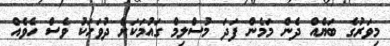
މިވަރުގެ ބަޔެއް ދެން މަމެން ފަދަ މުސްލިމް ގައުމަކަށް ދުވަހަކު ވެސް ހެވެއް